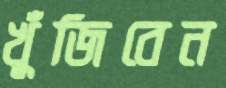
খুঁজিবেন